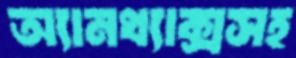
অ্যানথ্যাক্সসহ